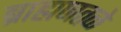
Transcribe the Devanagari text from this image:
ब्राह्मणतळे